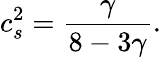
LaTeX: c_{s}^{2}=\frac{\gamma}{8-3\gamma}.